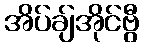
အိပ်ချ်အိုင်ဗွီ